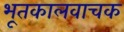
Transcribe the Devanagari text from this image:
भूतकालवाचक